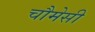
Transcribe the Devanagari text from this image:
चौमेसी